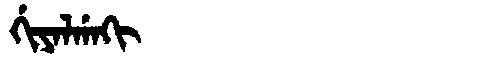
Manchu: ᡤᡳᠶᠠᠯᡤᠠᡴᡳ
Romanization: GIYALGAKI